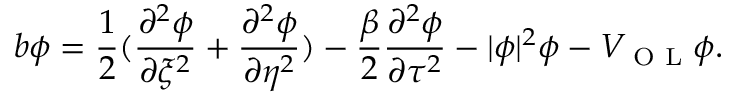
b \phi = \frac { 1 } { 2 } ( \frac { \partial ^ { 2 } \phi } { \partial \xi ^ { 2 } } + \frac { \partial ^ { 2 } \phi } { \partial \eta ^ { 2 } } ) - \frac { \beta } { 2 } \frac { \partial ^ { 2 } \phi } { \partial \tau ^ { 2 } } - | \phi | ^ { 2 } \phi - V _ { \textrm { O L } } \phi .